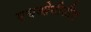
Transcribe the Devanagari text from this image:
एसओटीसीए